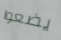
يضعوا